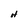
Character: H